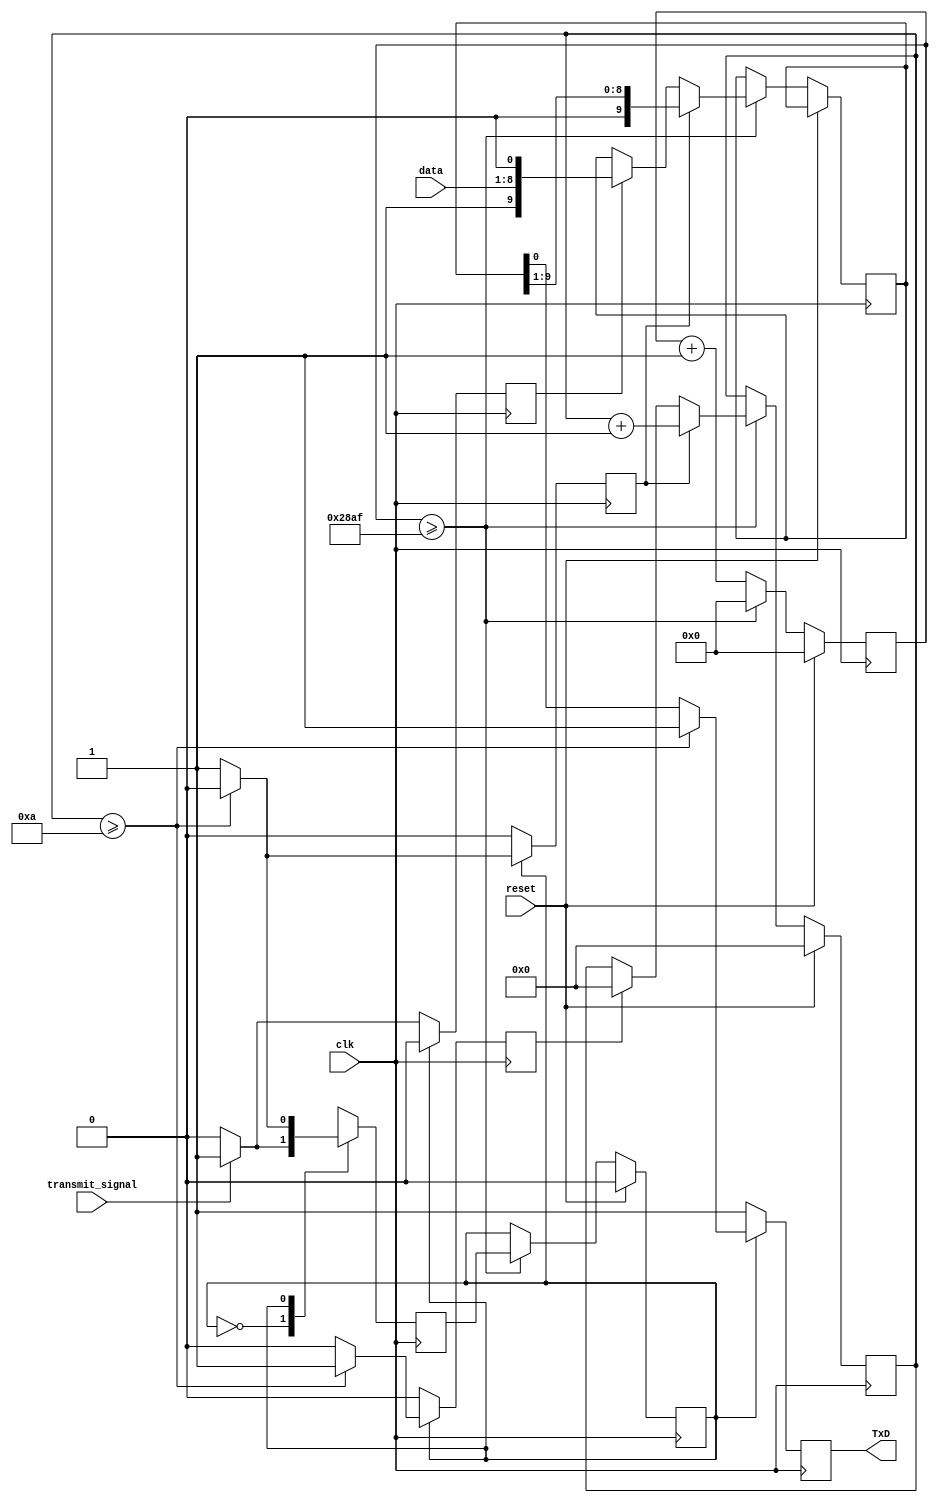
`timescale 1ns / 1ps

module transmitter(
    input clk, 
    input reset, 
    input transmit_signal, //btn signal to trigger the UART communication
    input [7:0] data, // data transmitted
    output reg TxD // Transmitter serial output. TxD will be held high during reset, or when no transmissions aretaking place. 
    );

    reg state, next_state, shift, load, clear; // initial & next state variable
    reg [3:0] bitcounter; //4 bits counter to count up to 10
    reg [13:0] counter; //14 bits counter to count the baud rate, counter = clock / baud rate
    reg [9:0] reg_shift; 
    
    // transmitter 
    always @(posedge clk) begin 
        if(reset) begin // reset 
            state <= 0; 
            counter <= 0; 
            bitcounter <= 0; 
        end
        else begin
            counter <= counter + 1; // counter for baud rate generator 
            if (counter >= 10415) begin // 10415 for 100 MHz Basys 3 board 
                state <= next_state; 
                counter <= 0; 
            	if(load) 
            	   reg_shift <= {1'b1, data, 1'b0}; // load the data 
		        if(clear) 
		           bitcounter <=0; // reset 
                if(shift) begin 
                   reg_shift <= reg_shift >> 1; // shift right one bit 
                   bitcounter <= bitcounter + 1; 
                end
            end
        end
    end 
    
    // state machine 
    always @(posedge clk) begin 
        load <= 0; 
        shift <= 0; 
        clear <= 0; 
        TxD <= 1; 
        case(state)
            0: begin // idle state
                if (transmit_signal) begin 
                    next_state <= 1; // set to transmitting state
                    load <= 1; // set load to high 
                    shift <= 0; // no shift 
                    clear <= 0; // no clearing counter 
                end 
		        else begin // back to idle state
                    next_state <= 0; 
                    TxD <= 1; 
                end
            end
           
            1: begin // transmitting state 
                if (bitcounter >= 10) begin // transmission is complete 
                    next_state <= 0; // set back to idle state
                    clear <= 1; // set clear high to clear counters
                end 
		        else begin // tranismitting is not complete 
                    next_state <= 1; // continue in transmitting state 
                    shift <= 1; // set shift to high 
                    TxD <= reg_shift[0]; // shift the bit 
                end
           end
           
           default: next_state <= 0;                      
        endcase
end    

endmodule